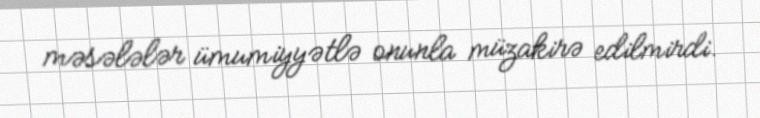
məsələlər ümumiyyətlə onunla müzakirə edilmirdi.